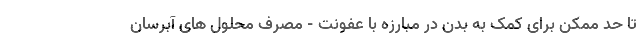
تا حد ممکن برای کمک به بدن در مبارزه با عفونت - مصرف محلول های آبرسان